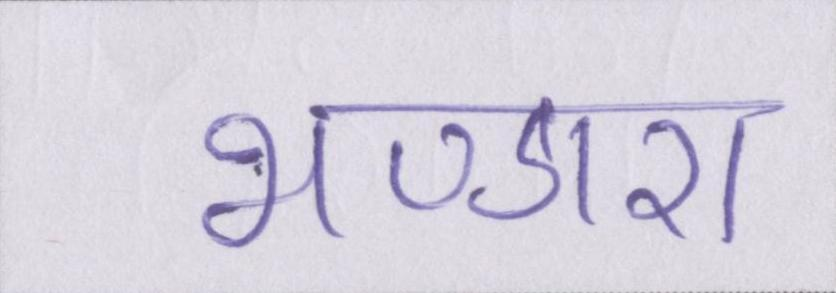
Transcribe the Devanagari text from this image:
भण्डारा